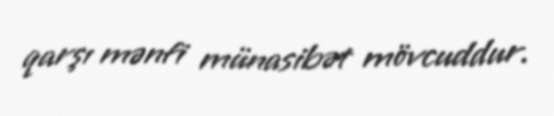
qarşı mənfi münasibət mövcuddur.